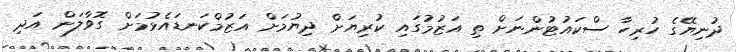
ދުނިޔޭގެ ހުރިހާ ސްކައުޓުންނަށް ތި އަޒުމުގައި ކުރިޔަށް ދިޔުމަށް އަޒުމްކަނޑައެޅުމަށް ގޮވާލަން އަދި